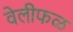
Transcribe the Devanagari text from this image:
वेलीफळ